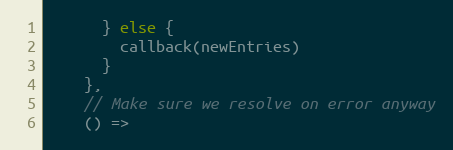
Language: JavaScript
      } else {
        callback(newEntries)
      }
    },
    // Make sure we resolve on error anyway
    () =>